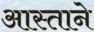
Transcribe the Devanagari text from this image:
आस्ताने